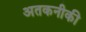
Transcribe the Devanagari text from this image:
अतकनीकी